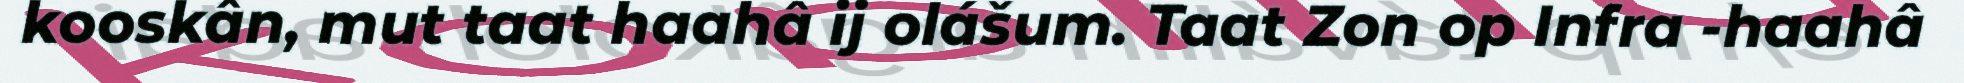
kooskân, mut taat haahâ ij olášum. Taat Zon op Infra -haahâ